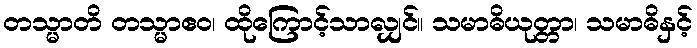
တသ္မာတိ တသ္မာဧဝ၊ ထိုကြောင့်သာလျှင်။ သမာဓိယုတ္တာ၊ သမာဓိနှင့်